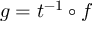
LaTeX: g = t ^ { - 1 } \circ f